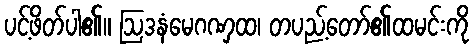
ပင့်ဖိတ်ပါ၏။ ဩဒနံမေဂဏှထ၊ တပည့်တော်၏ထမင်းကို